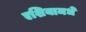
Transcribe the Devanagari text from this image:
एशियामधे